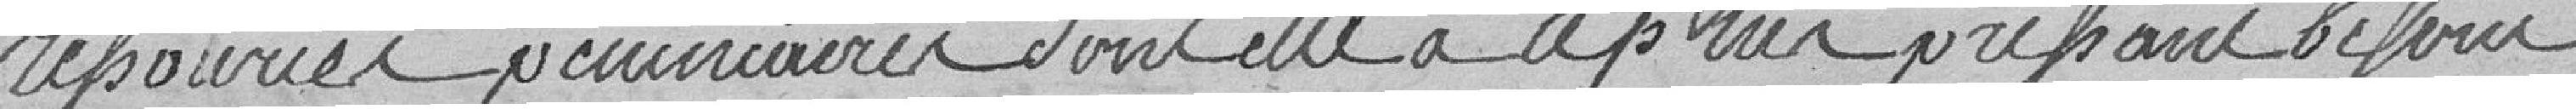
ressources pécuniaires dont elle à le plus pressant besoin,